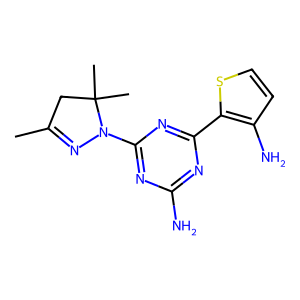
SMILES: CC1=NN(c2nc(N)nc(-c3sccc3N)n2)C(C)(C)C1
Inhibits HIV replication: No